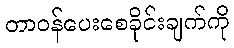
တာဝန်ပေးစေခိုင်းချက်ကို